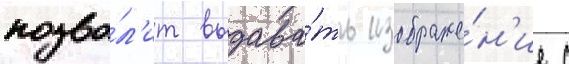
позво́л'ит выдава́ть изображе́н'ие с